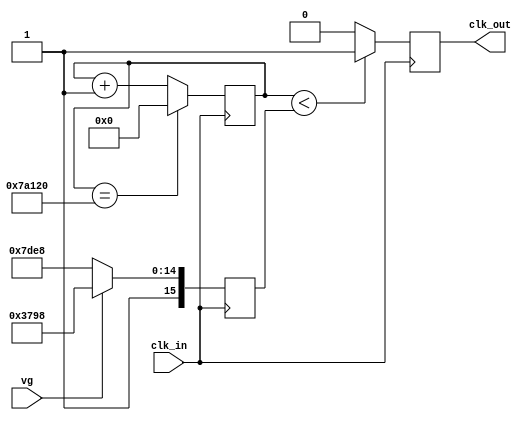
module servo2
(
  input clk_in,
  input vg,
  output reg clk_out
);

parameter SIZE = 19; /*2^19=524288, contiene a 500000*/
parameter LIMIT = 19'd500000; /*Limite = 25M/(1/20ms) = 500000 */
parameter dutymin=12500; /*25M*0.5ms=12500 (-	90)*/ 
parameter dutymax=65000; /*25M*2.4ms=60000 (90)*/

reg [SIZE-1:0] count = 0;
reg [SIZE-1:0] duty = 60000;
always@(posedge clk_in)
	begin
	  if(count == LIMIT)
		  begin
			count <= 0;
		  end
	  else
		  begin
			count <= count + 1;
		  end
/*	  if (rg==1)
		  begin
		    duty<=53500;
		  end
	  else if (vg==1)
	      begin
	        duty<=47000;
	      end
	  else if (ag==1)
	  	  begin
	        duty<=40500;
	      end			*/
	  if(vg==1)
	  	  begin
	        duty<=47000;
	      end
	  else
		  begin
			duty<=dutymax;
		  end
	  if (count < duty)
		  begin
			clk_out=1;
		  end
	  else
		  begin
			clk_out=0;
		  end
	end
endmodule